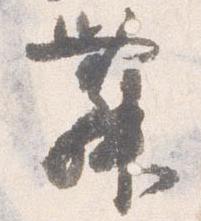
舞